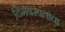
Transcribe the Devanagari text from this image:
दिगंबरपंतांचा